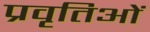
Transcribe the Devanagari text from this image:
प्रवृतिओं